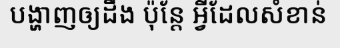
បង្ហាញឲ្យដឹង ប៉ុន្តែ អ្វីដែលសំខាន់